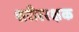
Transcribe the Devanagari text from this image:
शरीररक्षक